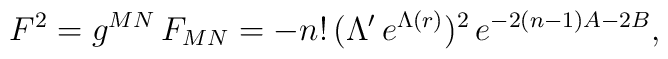
F^2 = g^{MN}\, F_{MN} = - n!\, (\Lambda'\,e^{\Lambda(r)} )^2 \, e^{ -2(n-1)A-2B},